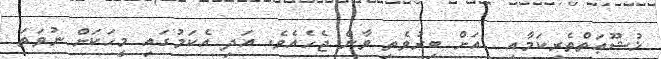
ޚުޝޫޢަތްތެރިކަމާއި  އަށް ބިރުވެތި ވާން ޖެހެއެވެ. އަދި އެކަމުގައި މީހަކަށް ނުވަތަ